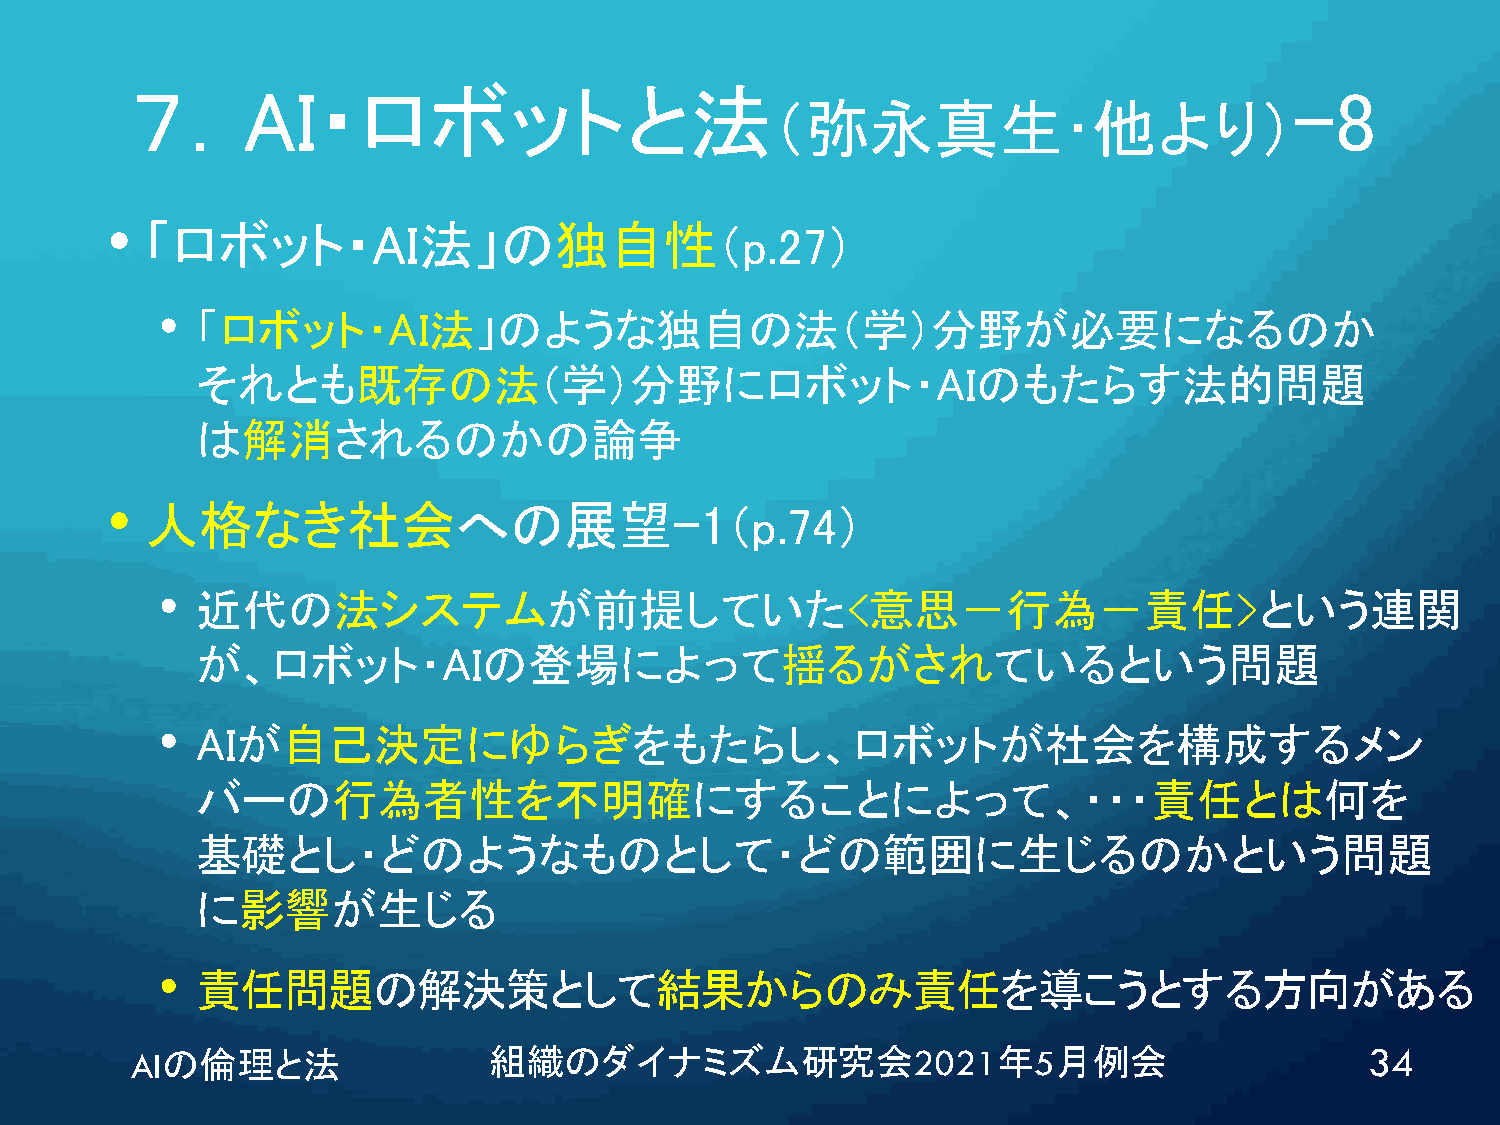
７．AI・ロボットと法                                                                  -8
 （弥永真生･他より）
 •
 「ロボット・AI法」の独自性（p.27）
 •  「ロボット・AI法」のような独自の法（学）分野が必要になるのか
 それとも既存の法（学）分野にロボット・AIのもたらす法的問題
 は解消されるのかの論争
 •
 人格なき社会への展望-1（p.74）
 •  近代の法システムが前提していた<意思－行為－責任>という連関
 が、ロボット・AIの登場によって揺るがされているという問題
 •  AIが自己決定にゆらぎをもたらし、ロボットが社会を構成するメン
 バーの行為者性を不明確にすることによって、・・・責任とは何を
 基礎とし・どのようなものとして・どの範囲に生じるのかという問題
 に影響が生じる
 •  責任問題の解決策として結果からのみ責任を導こうとする方向がある
 AIの倫理と法                組織のダイナミズム研究会2021年5月例会                                      34